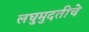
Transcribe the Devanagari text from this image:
लघुमुदतीचे